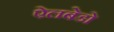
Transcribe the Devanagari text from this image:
ऐलबेडो